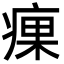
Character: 㾧